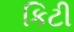
કિટી